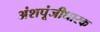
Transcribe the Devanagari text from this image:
अंशपूंजीधारक